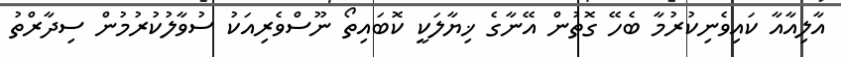
އާލިއާއާ ކައިވެނިކުރުމާ ބެހޭ ގޮތުން އޭނާގެ ޚިޔާލަކީ ކޮބައިތޯ ނޫސްވެރިއަކު ސުވާލުކުރުމުން ސިދާރްތު